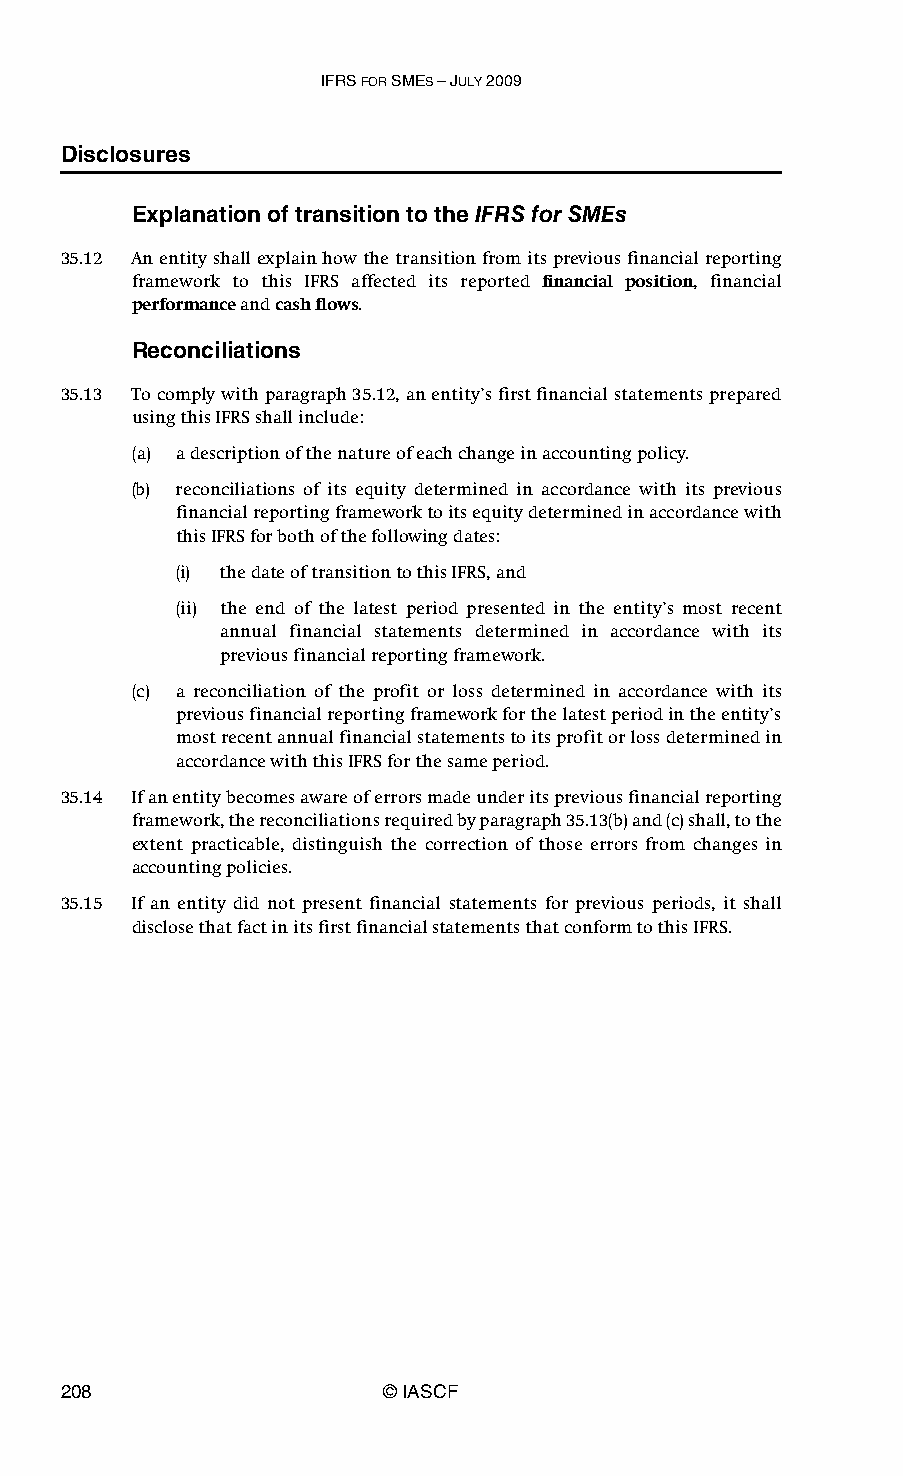
IFRS FOR SMES – JULY 2009
 Disclosures
 Explanation of transition to the IFRS for SMEs
 35.12 An entity shall explain how the transition from its previous financial reporting
 framework to this IFRS affected its reported financial position, financial
 performance and cash flows.
 Reconciliations
 35.13 To comply with paragraph 35.12, an entity’s first financial statements prepared
 using this IFRS shall include:
 (a) a description of the nature of each change in accounting policy.
 (b) reconciliations of its equity determined in accordance with its previous
 financial reporting framework to its equity determined in accordance with
 this IFRS for both of the following dates:
 (i) the date of transition to this IFRS, and
 (ii) the end of the latest period presented in the entity’s most recent
 annual financial statements determined in accordance with its
 previous financial reporting framework.
 (c) a reconciliation of the profit or loss determined in accordance with its
 previous financial reporting framework for the latest period in the entity’s
 most recent annual financial statements to its profit or loss determined in
 accordance with this IFRS for the same period.
 35.14 If an entity becomes aware of errors made under its previous financial reporting
 framework, the reconciliations required by paragraph 35.13(b) and (c) shall, to the
 extent practicable, distinguish the correction of those errors from changes in
 accounting policies.
 35.15 If an entity did not present financial statements for previous periods, it shall
 disclose that fact in its first financial statements that conform to this IFRS.
 208                   © IASCF